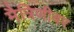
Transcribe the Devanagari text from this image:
मैत्रिणीवर